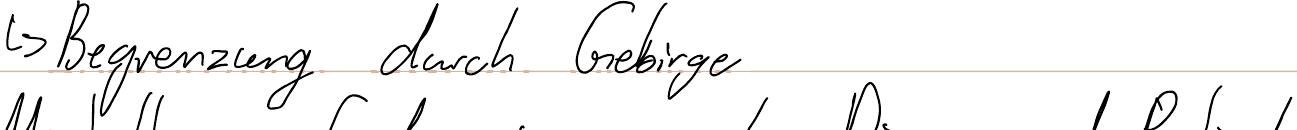
-> Begrenzung durch Gebirge